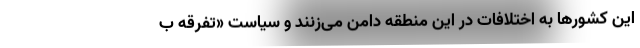
این کشورها به اختلافات در این منطقه دامن می‌زنند و سیاست «تفرقه ب